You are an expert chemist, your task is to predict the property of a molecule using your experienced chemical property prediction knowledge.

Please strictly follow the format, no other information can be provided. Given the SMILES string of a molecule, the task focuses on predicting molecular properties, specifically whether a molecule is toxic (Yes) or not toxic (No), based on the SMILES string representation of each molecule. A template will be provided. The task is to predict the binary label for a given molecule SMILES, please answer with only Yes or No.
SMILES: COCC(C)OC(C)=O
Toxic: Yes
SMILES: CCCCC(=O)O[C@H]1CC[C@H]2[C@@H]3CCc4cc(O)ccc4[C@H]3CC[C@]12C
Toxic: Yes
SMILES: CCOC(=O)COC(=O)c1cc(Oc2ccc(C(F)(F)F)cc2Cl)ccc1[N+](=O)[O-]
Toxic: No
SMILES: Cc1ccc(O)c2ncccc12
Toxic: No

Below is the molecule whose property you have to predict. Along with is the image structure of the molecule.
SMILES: CC(=O)O[Hg]c1ccccc1
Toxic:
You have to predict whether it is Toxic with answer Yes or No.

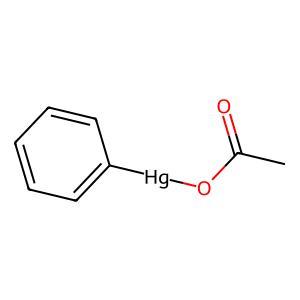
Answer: No